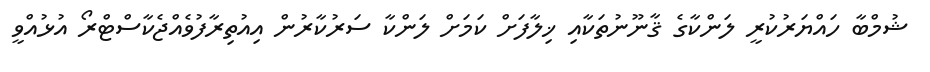
ޝުމްބާ ހައްޔަރުކުރީ ލަންކާގެ ޤާނޫނުތަކާއި ޚިލާފަށް ކަމަށް ލަންކާ ސަރުކާރުން އިއުތިރާފުވެއްޖެކާސްޓްރޯ އުޅުއްވީ